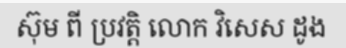
ស៊ុម ពី ប្រវត្តិ លោក វិសេស ដូង